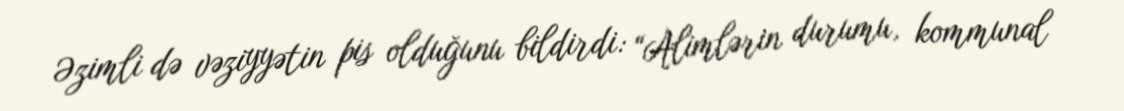
Əzimli də vəziyyətin pis olduğunu bildirdi: “Alimlərin durumu, kommunal